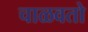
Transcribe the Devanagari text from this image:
चाळवतो